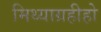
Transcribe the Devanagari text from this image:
मिथ्याग्रहीहो